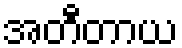
အတီတာယ